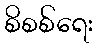
စိစစ်ရေး